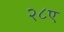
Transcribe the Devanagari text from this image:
२८ए